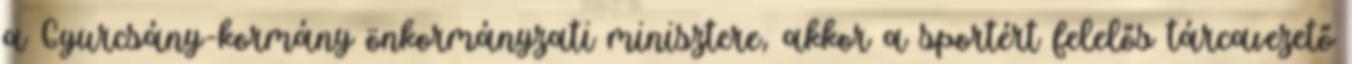
a Gyurcsány-kormány önkormányzati minisztere, akkor a sportért felelős tárcavezető